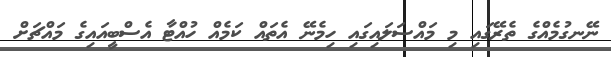
ނޭނގުމެއްގެ ތެރޭގައި މި މައްސަލައިގައި ހިމެނޭ އެތައް ކަމެއް ހުއްޓާ އެސްބީއައިގެ މައްޗަށް